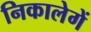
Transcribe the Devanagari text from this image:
निकालेगें